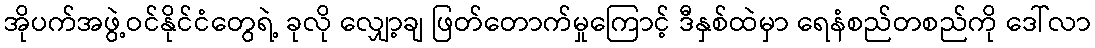
အိုပက်အဖွဲ့ဝင်နိုင်ငံတွေရဲ့ ခုလို လျှော့ချ ဖြတ်တောက်မှုကြောင့် ဒီနှစ်ထဲမှာ ရေနံစည်တစည်ကို ဒေါ်လာ